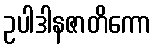
ဥပါဒါနဇာတိကော